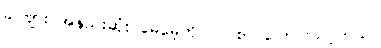
ခင်ဗျား အနည်းဆုံး မေမေ့ကို လိပ်စာ ပြောပြသင့်တယ်။